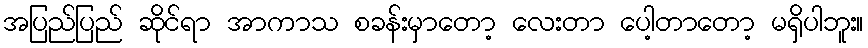
အပြည်ပြည် ဆိုင်ရာ အာကာသ စခန်းမှာတော့ လေးတာ ပေါ့တာတော့ မရှိပါဘူး။